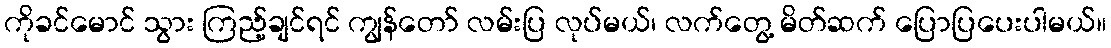
ကိုခင်မောင် သွား ကြည့်ချင်ရင် ကျွန်တော် လမ်းပြ လုပ်မယ်၊ လက်တွေ့ မိတ်ဆက် ပြောပြပေးပါမယ်။